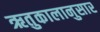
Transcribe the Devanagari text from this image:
ऋतुकालानुसार